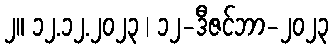
၂။ ၁၂.၁၂.၂၀၂၃ | ၁၂-ဒီဇင်ဘာ-၂၀၂၃